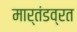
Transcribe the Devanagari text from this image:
मार्तंडव्रत